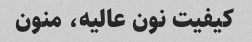
کیفیت نون عالیه، منون